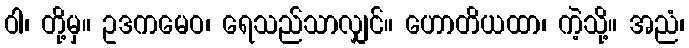
ဝါ၊ တို့မှ။ ဥဒကမေဝ၊ ရေသည်သာလျှင်။ ဟောတိယထာ၊ ကဲ့သို့။ အညံ၊